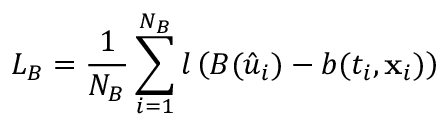
{ L _ { \cal B } } = \frac { 1 } { { { N _ { \cal B } } } } \sum _ { i = 1 } ^ { { N _ { \cal B } } } { l \left( { { \cal B } ( { { \hat { u } } _ { i } } ) - b ( { t _ { i } } , { { \bf { x } } _ { i } } ) } \right) }